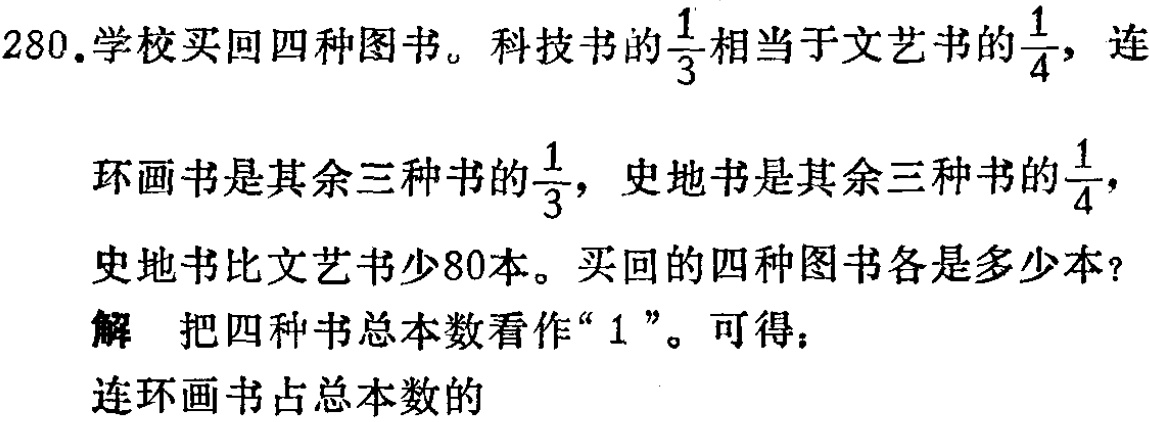
280.学校买回四种图书。科技书的$\frac{1}{3}$相当于文艺书的$\frac{1}{4}$，连

环画书是其余三种书的$\frac{1}{3}$，史地书是其余三种书的$\frac{1}{4}$，

史地书比文艺书少80本。买回的四种图书各是多少本？

解 把四种书总本数看作“1”。可得：

连环画书占总本数的